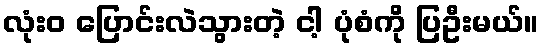
လုံးဝ ပြောင်းလဲသွားတဲ့ ငါ့ ပုံစံကို ပြဦးမယ်။